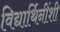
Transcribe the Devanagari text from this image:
विद्यार्थिनींशी